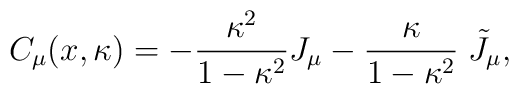
C_\mu (x,\kappa )=-\frac{\kappa ^2}{1-\kappa ^2}J_\mu -\frac \kappa{1-\kappa ^2}\;\tilde J_\mu ,